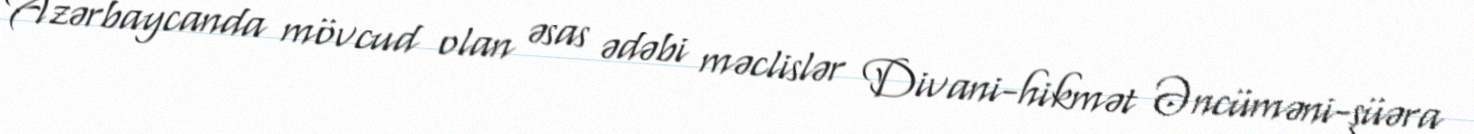
Azərbaycanda mövcud olan əsas ədəbi məclislər Divani-hikmət Əncüməni-şüəra